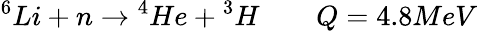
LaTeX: \begin{array}{r}{\displaystyle{^6}Li+n\rightarrow{^4}He+{^3}H\qquad Q=4.8MeV}\end{array}